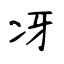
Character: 冴